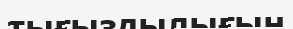
тығыздылығын